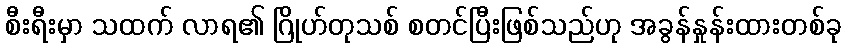
စီးရီးမှာ သထက် လာရ၏ ဂြိုဟ်တုသစ် စတင်ပြီးဖြစ်သည်ဟု အခွန်နှုန်းထားတစ်ခု